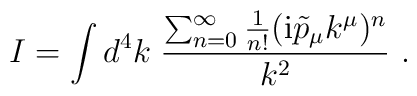
I=\int d^4 k \; \frac{\sum_{n=0}^\infty \frac{1}{n!} (\mathrm{i} \tilde{p}_\mu k^\mu)^n}{k^2}~.